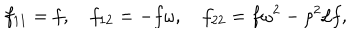
f _ { 1 1 } = f , \quad f _ { 1 2 } = - f \omega , \quad f _ { 2 2 } = f \omega ^ { 2 } - \rho ^ { 2 } / f ,